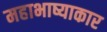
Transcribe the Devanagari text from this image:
महाभाष्याकार